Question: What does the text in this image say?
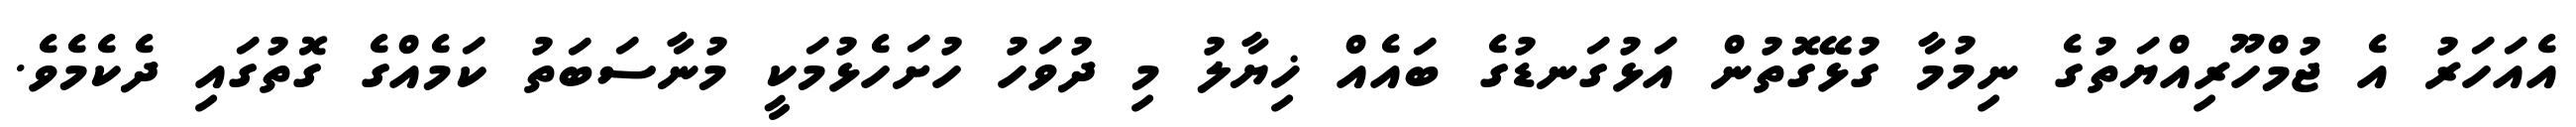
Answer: އެއަހަރު އެ ޖުމްހޫރިއްޔަތުގެ ނިމުމާ ގުޅޭގޮތުން އަޅުގަނޑުގެ ބައެއް ޚިޔާލު މި ދުވަހު ހުށަހެޅުމަކީ މުނާސަބަތު ކަމެއްގެ ގޮތުގައި ދެކެމެވެ.